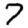
Digit: 7